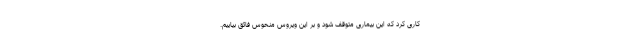
کاری کرد که این بیماری متوقف شود و بر این ویروس منحوس فائق بیاییم.